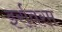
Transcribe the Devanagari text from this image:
इर्रावरम